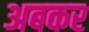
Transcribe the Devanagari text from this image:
अबकर